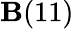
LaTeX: \mathbf{B}(11)